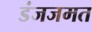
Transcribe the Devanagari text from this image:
डंजजमत